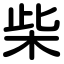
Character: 柴